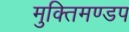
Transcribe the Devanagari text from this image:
मुक्तिमण्डप